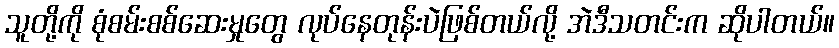
သူတို့ကို စုံစမ်းစစ်ဆေးမှုတွေ လုပ်နေတုန်းပဲဖြစ်တယ်လို့ အဲဒီသတင်းက ဆိုပါတယ်။